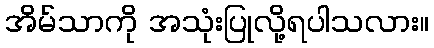
အိမ်သာကို အသုံးပြုလို့ရပါသလား။